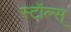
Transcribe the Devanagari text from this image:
स्टॉल्स्